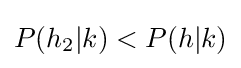
P(h_{2}|k)<P(h|k)